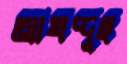
আখদ্দুছ